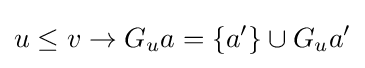
u\leq v\rightarrow G_{u}a=\{a'\}\cup G_{u}a'